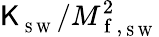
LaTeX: \mathsf{K}_{_{\mathrm{{~S~W~}}}}/M_{\mathrm{{~f~}},_{\mathrm{{~S~W~}}}}^{2}